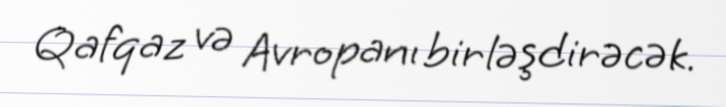
Qafqaz və Avropanı birləşdirəcək.